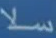
سلا